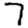
Digit: 7